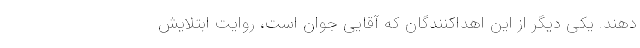
دهند. یکی دیگر از این اهداکنندگان که آقایی جوان است، روایت ابتلایش